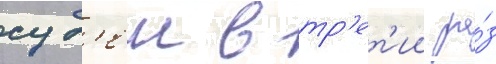
суд'еи в тр'ет'ии ра́з